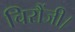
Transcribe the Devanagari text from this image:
चिरौंजी।